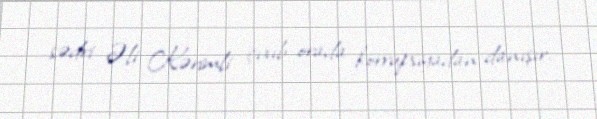
sədri Əli Kərimli çıxıb orada korrupsiyadan danışır.